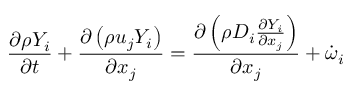
\frac { \partial \rho Y _ { i } } { \partial t } + \frac { \partial \left( \rho u _ { j } Y _ { i } \right) } { \partial x _ { j } } = \frac { \partial \left( \rho D _ { i } \frac { \partial Y _ { i } } { \partial x _ { j } } \right) } { \partial x _ { j } } + \dot { \omega } _ { i }